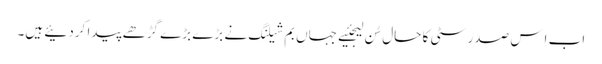
اب اِس صدر سٹی کا حال سُن لیجئیے جہاں بم شیلنگ نے بڑے بڑے گڑھے پیدا کردئیے ہیں۔